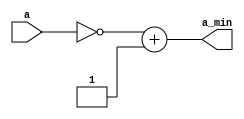
`timescale 1ns / 1ps
//////////////////////////////////////////////////////////////////////////////////
// Company: Ratner Engineering
// 
// Design Name: 
// Module Name: nb_twos_comp
// Project Name: 
// Target Devices: 
// Tool Versions: 
// Description: Changes the sign of input for 2's complement numbers
//
//   Usage (instantiation): 
//     
//  nb_twos_comp #(.n(16)) my_sign_changer (
//      .a     (xxxx), 
//      .a_min (xxxx)  
//      );  
// 
// Dependencies: 
//           1.01 (12-20-2020) - changed parameter location & comments
// 
// Revision:
// Additional Comments:
// 
//////////////////////////////////////////////////////////////////////////////////


module nb_twos_comp   #(parameter n=13) (
    input [n-1:0] a,
    output reg [n-1:0] a_min
    );

    always @(a)
    begin
       a_min = ~a + 1;    
    end
    
endmodule